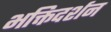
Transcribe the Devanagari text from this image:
भक्तिदर्शन